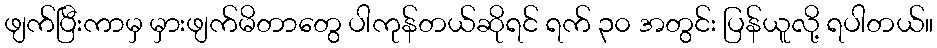
ဖျက်ပြီးကာမှ မှားဖျက်မိတာတွေ ပါကုန်တယ်ဆိုရင် ရက် ၃၀ အတွင်း ပြန်ယူလို့ ရပါတယ်။